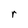
Character: r